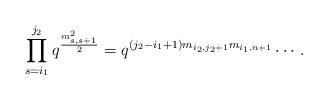
LaTeX: \begin{align*} \prod_{s=i_{1}}^{j_{2}}q^{\frac{m^{2}_{s,s+1}}{2}}=q^{(j_{2}-i_{1}+1)m_{i_{2},j_{2}+1}m_{i_{1},n+1}}\cdots . \end{align*}